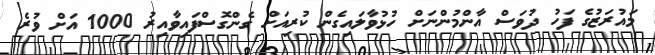
މައުރަޒުގެ ފަހު ދުވަސް އާންމުންނަށް ހުޅުވާލައިގެން ކުރިއަށް ގެންގޮސްފައިވާއިރު 1000 އަށް ވުރެ